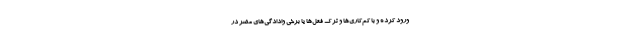
ورود کرده و با کم‌کاری‌ها و ترک فعل‌ها یا برخی وادادگی‌های مضر در